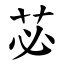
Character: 苾